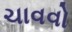
ચાવવો